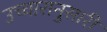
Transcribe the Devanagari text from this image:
उच्चारानुसारी